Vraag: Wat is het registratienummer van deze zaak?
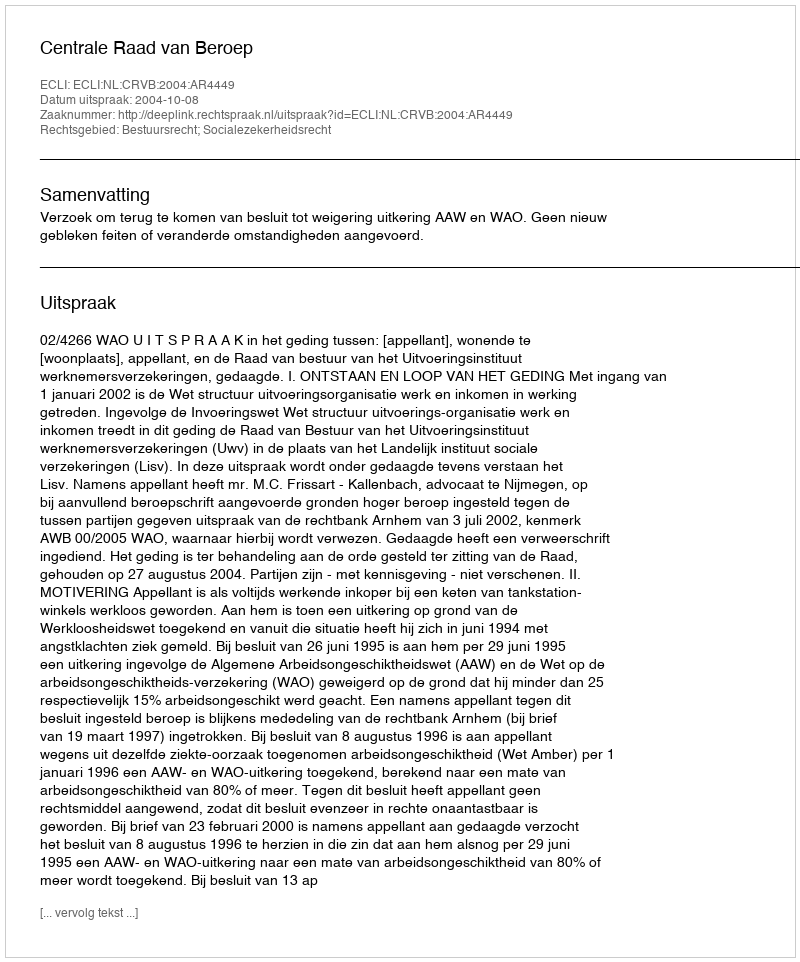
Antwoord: http://deeplink.rechtspraak.nl/uitspraak?id=ECLI:NL:CRVB:2004:AR4449